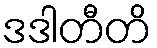
ဒဒါတီတိ